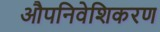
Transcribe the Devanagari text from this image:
औपनिवेशिकरण